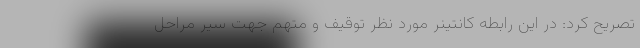
تصریح کرد: در این رابطه کانتینر مورد نظر توقیف و متهم جهت سیر مراحل